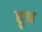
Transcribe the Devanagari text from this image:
हूध